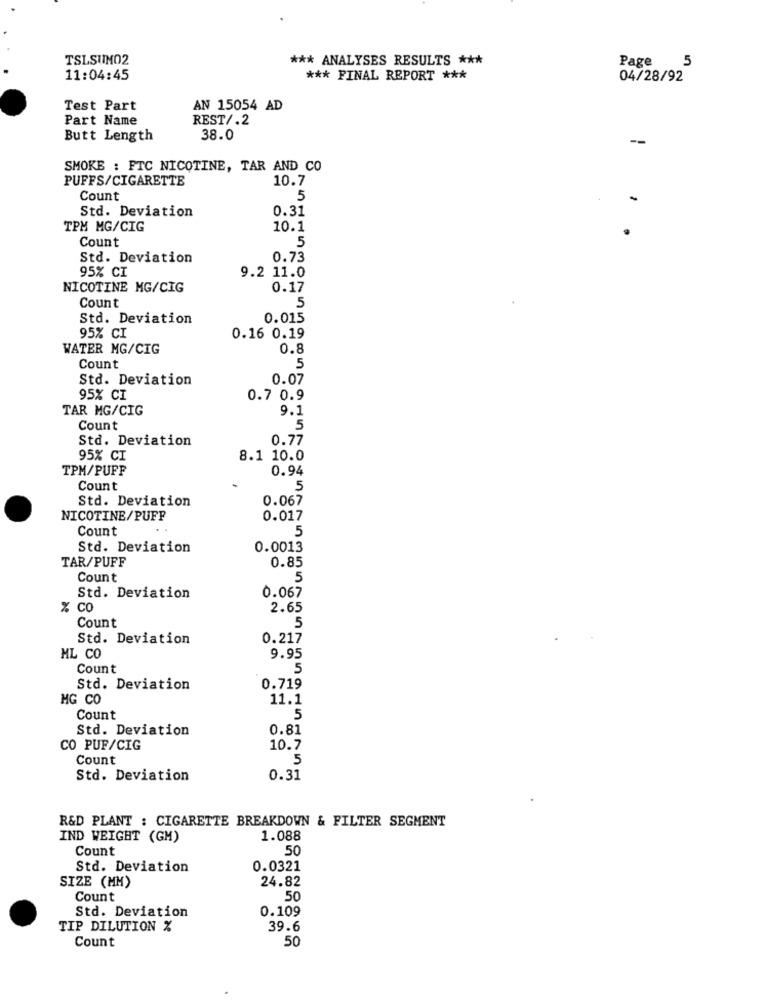
TSLSUMO2
*** ANALYSES RESULTS ***
5
Page
11:04:45
*** FINAL REPORT ***
04/28/92
Test Part
AN 15054 AD
Part Name
REST/.2
Butt Length
38.0
--
SMOKE : FTC NICOTINE, TAR AND CO
PUFFS/CIGARETTE
10.7
Count
5
Std. Deviation
0.31
TPM MG/CIG
10.1
Count
5
Std. Deviation
0.73
95% CI
9.2 11.0
NICOTINE MG/CIG
0.17
Count
5
Std. Deviation
0.015
95% CI
0.16 0.19
WATER MG/CIG
0.8
Count
5
Std. Deviation
0.07
95% CI
0.7 0.9
TAR MG/CIG
9.1
Count
5
Std. Deviation
0.77
95% CI
8.1 10.0
TPM/PUFF
0.94
Count
5
Std. Deviation
0.067
NICOTINE/PUFF
0.017
Count
5
Std. Deviation
0.0013
TAR/PUFF
0.85
Count
5
Std. Deviation
0.067
% Co
2.65
Count
5
Std. Deviation
0.217
ML CO
9.95
Count
5
Std. Deviation
0.719
MG CO
11.1
Count
5
Std. Deviation
0.81
CO PUF/CIG
10.7
Count
5
Std. Deviation
0.31
R&D PLANT : CIGARETTE BREAKDOWN & FILTER SEGMENT
IND WEIGHT (GM)
1.088
Count
50
Std. Deviation
0.0321
SIZE (MM)
24.82
Count
50
Std. Deviation
0.109
TIP DILUTION %
39.6
Count
50